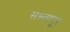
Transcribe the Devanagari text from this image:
सस्तापूर